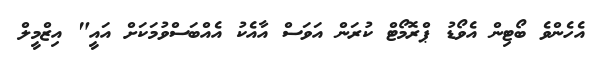
އެހެންވެ ބޯޓިން އެވޯޑު ޕްރޮމޯޓް ކުރަން އަވަސް އާއެކު އެއްބަސްވުމަކަށް އައީ" އިޒްމީލް